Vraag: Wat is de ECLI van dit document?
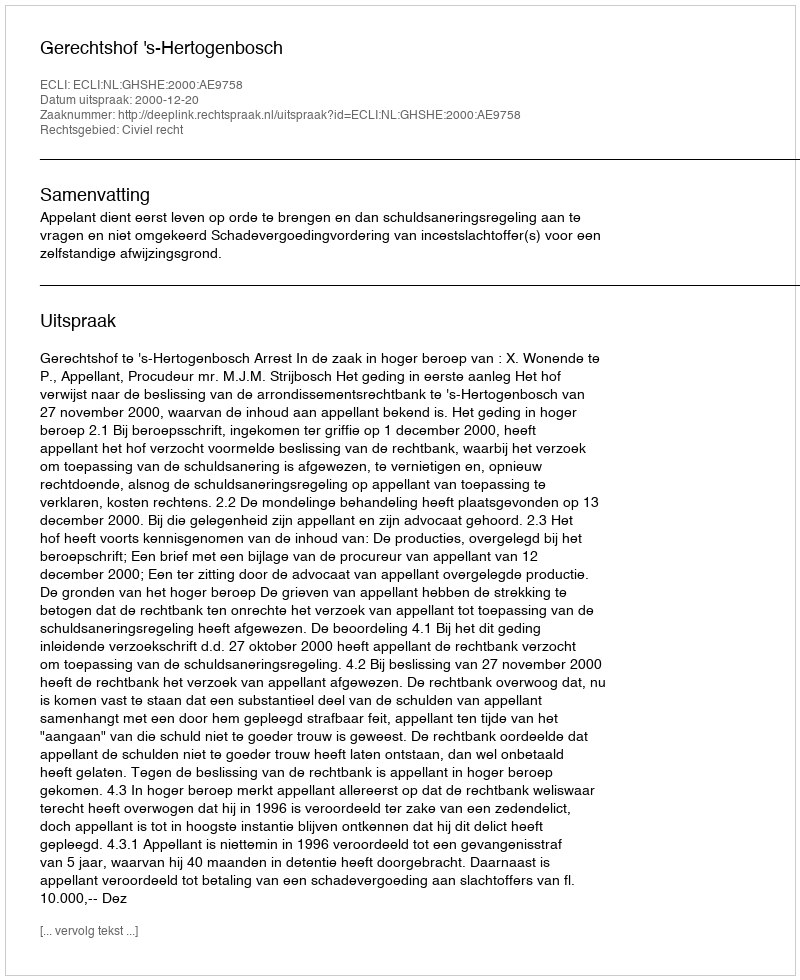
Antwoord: ECLI:NL:GHSHE:2000:AE9758